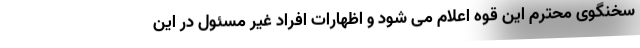
سخنگوی محترم این قوه اعلام می شود و اظهارات افراد غیر مسئول در این